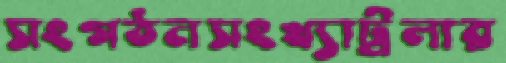
সংগঠনসংখ্যাট্রলার